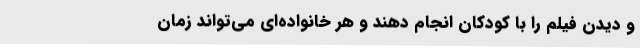
و دیدن فیلم را با کودکان انجام دهند و هر خانواده‌ای می‌تواند زمان